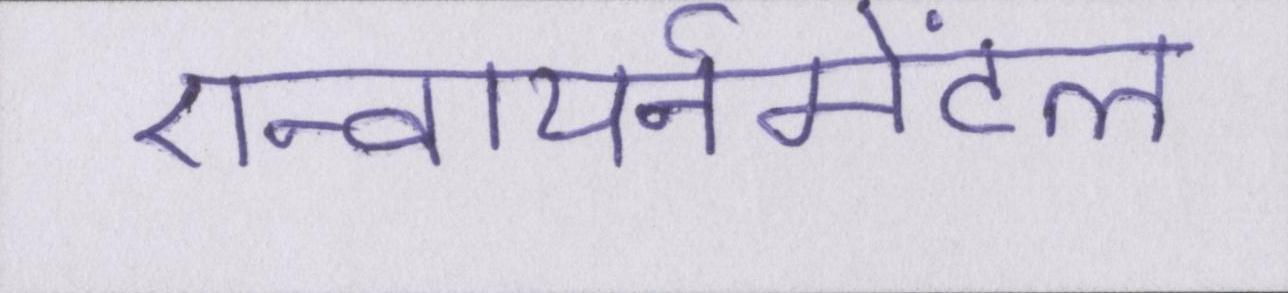
एन्वायर्नमेंटल